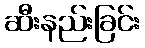
ဆီးနည်းခြင်း